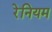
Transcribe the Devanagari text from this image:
रेनियम